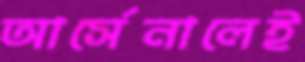
আর্সেনালেই